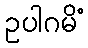
ဥပါဂမိံ